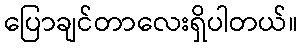
ပြောချင်တာလေးရှိပါတယ်။